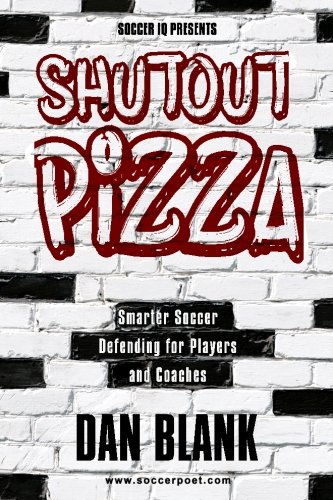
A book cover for Soccer iQ Presents Shutout Pizza: Smarter Soccer Defending for Players and Coaches; Dan Blank; Sports & Outdoors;